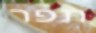
תפר